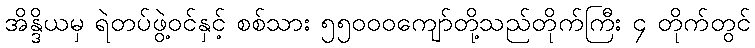
အိန္ဒိယမှ ရဲတပ်ဖွဲ့ဝင်နှင့် စစ်သား ၅၅၀၀၀ကျော်တို့သည်တိုက်ကြီး ၄ တိုက်တွင်